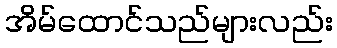
အိမ်ထောင်သည်များလည်း